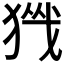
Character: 𪻀